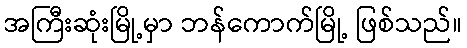
အကြီးဆုံးမြို့မှာ ဘန်ကောက်မြို့ ဖြစ်သည်။